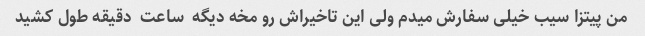
من پیتزا سیب خیلی سفارش میدم ولی این تاخیراش رو مخه دیگه  ساعت  دقیقه طول کشید